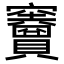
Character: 𥩐